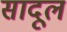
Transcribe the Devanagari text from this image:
सादूल